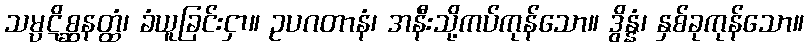
သမ္ပဋိစ္ဆနတ္ထံ၊ ခံယူခြင်းငှာ။ ဥပဂတာနံ၊ အနီးသို့ကပ်ကုန်သော။ ဒွိန္နံ၊ နှစ်ခုကုန်သော။